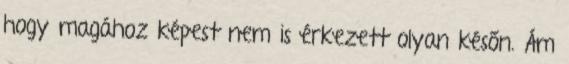
hogy magához képest nem is érkezett olyan későn. Ám